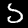
Label: 5